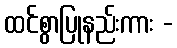
ထင်စွာပြုနည်းကား -